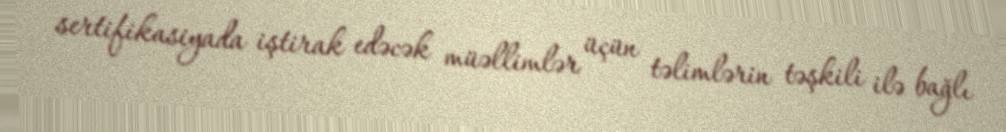
sertifikasiyada iştirak edəcək müəllimlər üçün təlimlərin təşkili ilə bağlı